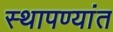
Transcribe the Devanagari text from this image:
स्थापण्यांत